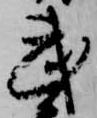
武